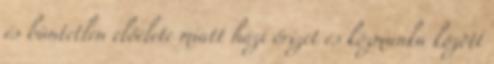
és büntetlen előélete miatt házi őrizet és közmunka között